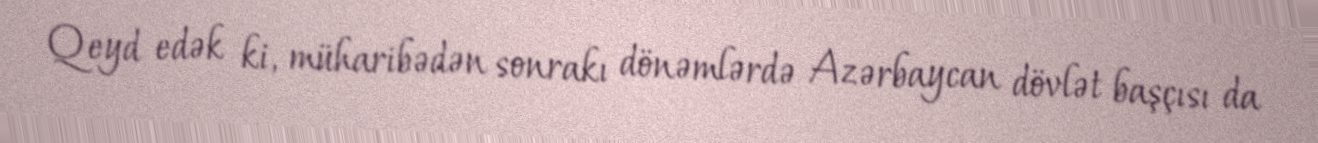
Qeyd edək ki, müharibədən sonrakı dönəmlərdə Azərbaycan dövlət başçısı da